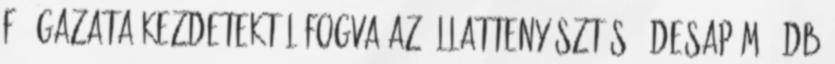
fő ágazata kezdetektől fogva az állattenyésztés. Édesapám 5 db